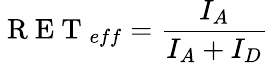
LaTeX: \mathrm{~R~E~T~}_{eff}=\frac{I_{A}}{I_{A}+I_{D}}